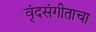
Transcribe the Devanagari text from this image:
वृंदसंगीताचा